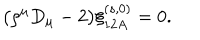
\bigl ( \rho ^ { \mu } D _ { \mu } - 2 \bigr ) \xi _ { 1 2 A } ^ { ( s , 0 ) } = 0 .